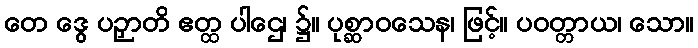
တေ ဒွေ ပဉှာတိ ဧတ္ထ ပါဌေ၊ ၌။ ပုစ္ဆာဝသေန၊ ဖြင့်။ ပဝတ္တာယ၊ သော။